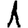
Digit: 1